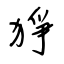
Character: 猙